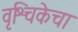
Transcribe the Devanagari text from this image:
वृश्चिकेचा